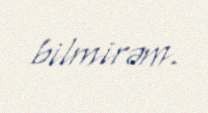
bilmirəm.